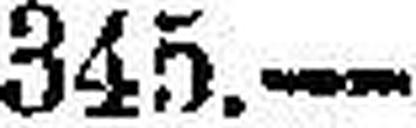
345.—